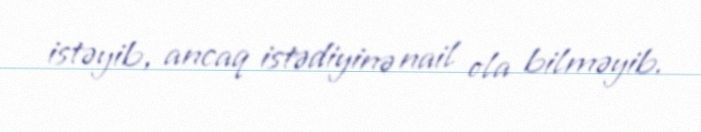
istəyib, ancaq istədiyinə nail ola bilməyib.